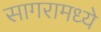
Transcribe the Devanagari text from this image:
सागरामध्ये